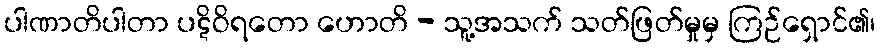
ပါဏာတိပါတာ ပဋိဝိရတော ဟောတိ - သူ့အသက် သတ်ဖြတ်မှုမှ ကြဉ်ရှောင်၏၊